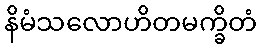
နိမံသလောဟိတမက္ခိတံ